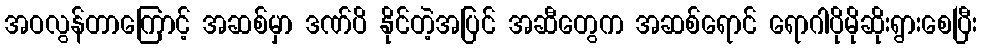
အဝလွန်တာကြောင့် အဆစ်မှာ ဒဏ်ပိ နိုင်တဲ့အပြင် အဆီတွေက အဆစ်ရောင် ရောဂါပိုမိုဆိုးရွားစေပြီး